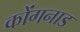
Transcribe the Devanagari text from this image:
कोंगनाड